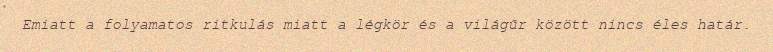
Emiatt a folyamatos ritkulás miatt a légkör és a világűr között nincs éles határ.